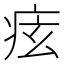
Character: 痃